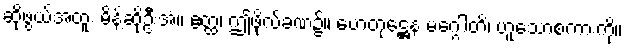
ဆိုဖွယ်အထူး မိန့်ဆိုဦးအံ့။ ဧတ္ထ၊ ဤဖိုလ်ခဏ၌။ ဟေတုဋ္ဌေန မဂ္ဂေါတိ၊ ဟူသောစကားကို။